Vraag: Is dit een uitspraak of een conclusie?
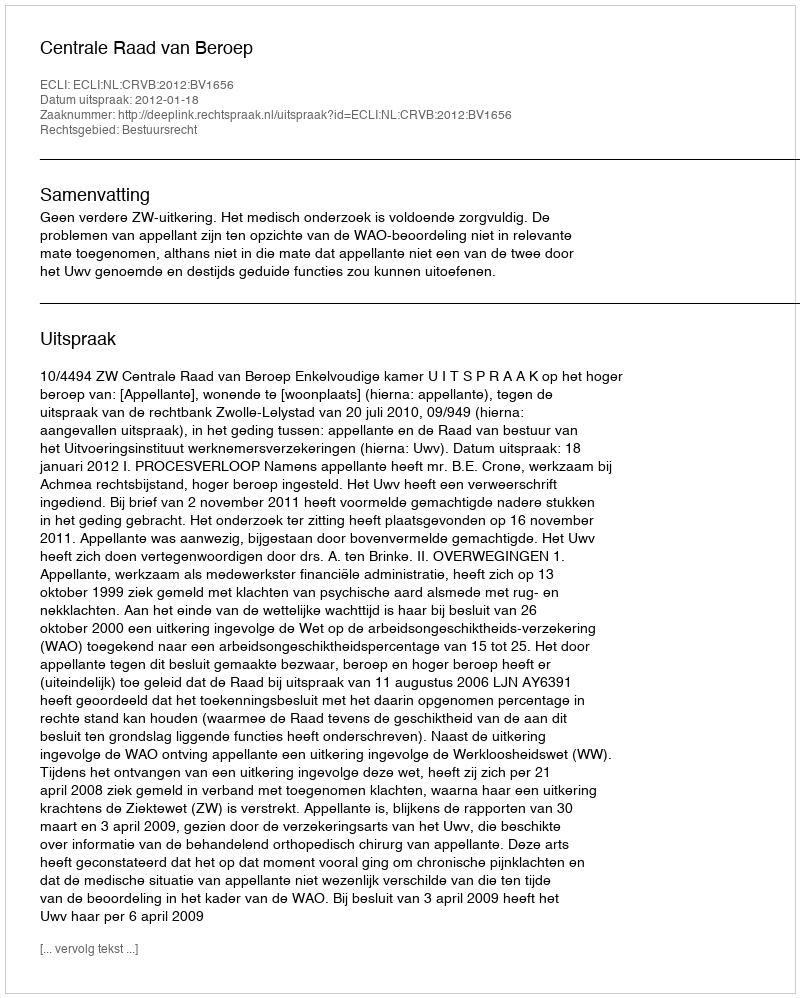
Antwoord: Uitspraak